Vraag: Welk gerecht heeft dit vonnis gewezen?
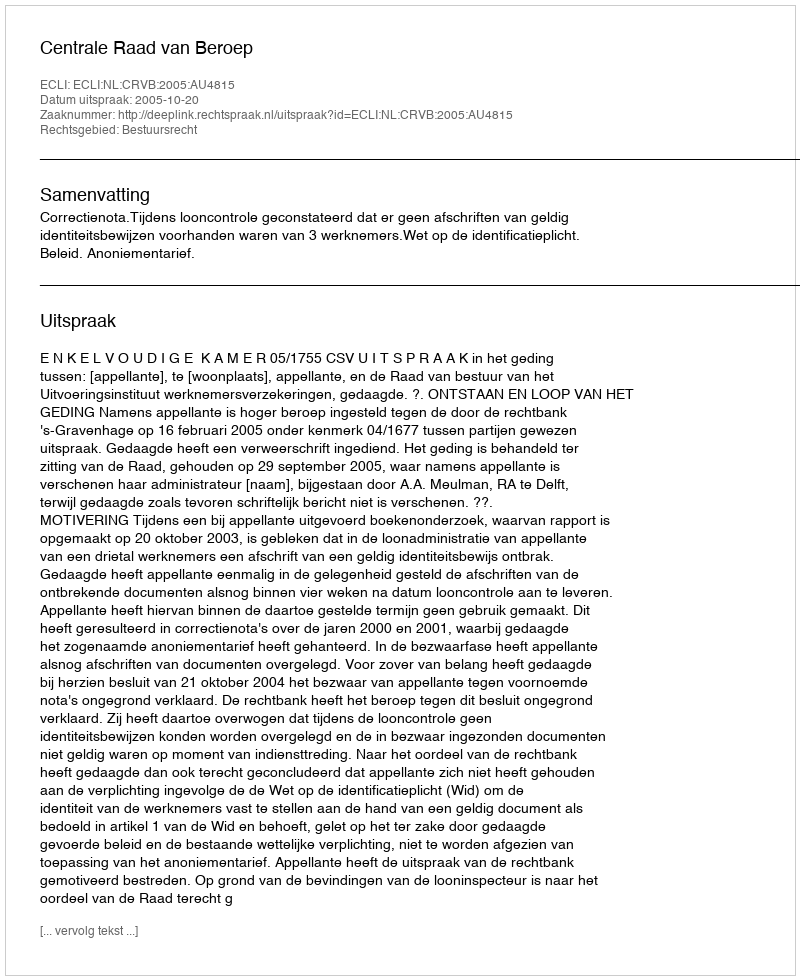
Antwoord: Centrale Raad van Beroep